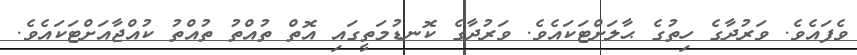
ވެފައެވެ. ވަރުދާގެ ހިތުގެ ޙާލަށްޓަކައެވެ. ވަރުދާގެ ކޮނޑުމަތީގައި އޮތް ތުއްތު ތުއްތު ކުއްޖާއަށްޓަކައެވެ.